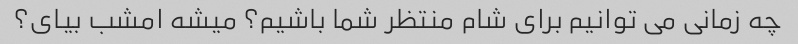
چه زمانی می توانیم برای شام منتظر شما باشیم؟ میشه امشب بیای؟